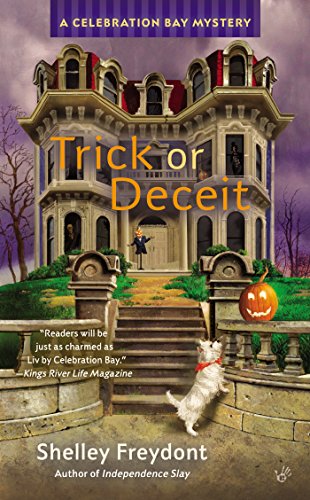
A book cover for Trick or Deceit (A Celebration Bay Mystery); Shelley Freydont; Mystery, Thriller & Suspense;